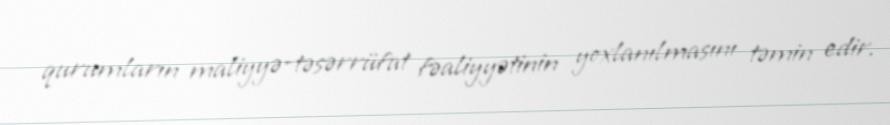
qurumların maliyyə-təsərrüfat fəaliyyətinin yoxlanılmasını təmin edir.